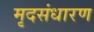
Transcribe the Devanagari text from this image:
मृदसंधारण